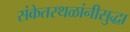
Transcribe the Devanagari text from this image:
संकेतस्थळांनीसुद्धा